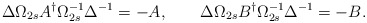
\begin{align*}\Delta\Omega_{2s}A^{\dagger}\Omega_{2s}^{-1}\Delta^{-1}=-A,\qquad\Delta\Omega_{2s}B^{\dagger}\Omega_{2s}^{-1}\Delta^{-1}=-B.\end{align*}